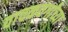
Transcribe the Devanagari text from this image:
वाचकवर्गांच्या